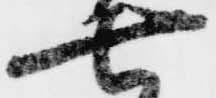
七